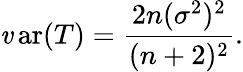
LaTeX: \operatorname{\mathit{v}ar}(T)={\frac{{2n(\sigma^{2})^{2}}}{{(n+2)^{2}}}}.